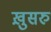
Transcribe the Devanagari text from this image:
ख़ुसरु